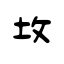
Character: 坆